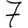
Digit: 7